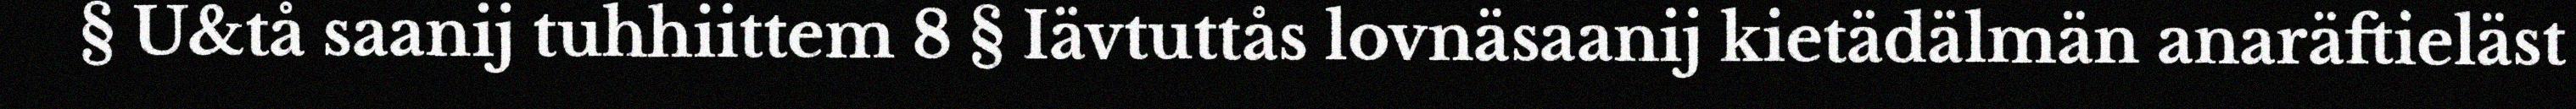
§ U&tå saanij tuhhiittem 8 § Iävtuttås lovnäsaanij kietädälmän anaräftieläst